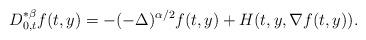
LaTeX: \begin{align*}D^{* \beta}_{0,t}f(t,y) = -(-\Delta)^{\alpha/2}f(t,y) + H(t, y, \nabla f(t,y)).\end{align*}